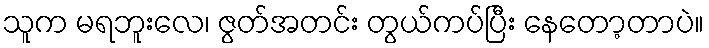
သူက မရဘူးလေ၊ ဇွတ်အတင်း တွယ်ကပ်ပြီး နေတော့တာပဲ။